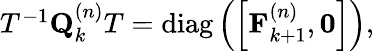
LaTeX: \begin{array}{r}{T^{-1}\mathbf{Q}_{k}^{\left(n\right)}T=\operatorname{diag}\left(\left[\mathbf{F}_{k+1}^{\left(n\right)},\mathbf{0}\right]\right),}\end{array}